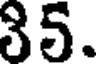
35.